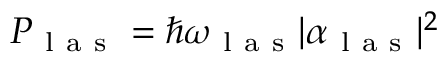
{ P } _ { \mathrm { ~ l ~ a ~ s ~ } } = \hbar \omega _ { \mathrm { ~ l ~ a ~ s ~ } } \vert \alpha _ { \mathrm { ~ l ~ a ~ s ~ } } \vert ^ { 2 }